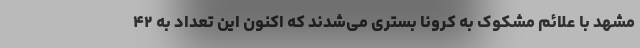
مشهد با علائم مشکوک به کرونا بستری می‌شدند که اکنون این تعداد به ۴۲